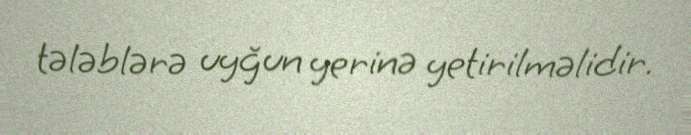
tələblərə uyğun yerinə yetirilməlidir.